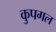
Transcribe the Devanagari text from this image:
कुपगल